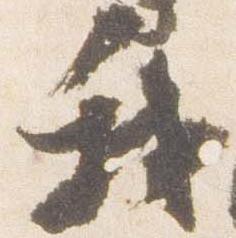
我